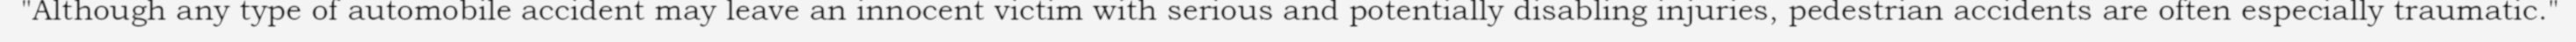
"Although any type of automobile accident may leave an innocent victim with serious and potentially disabling injuries, pedestrian accidents are often especially traumatic."